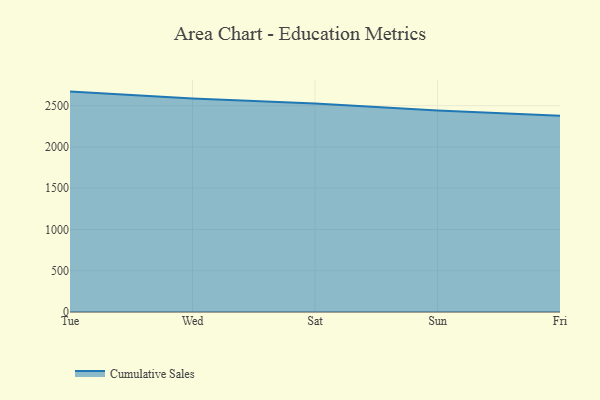
{"axis": {"x": "Day", "y": "Headcount"}, "legend": ["Cumulative Sales"], "data": [{"x": "Tue", "y": 2670.2, "type": "Cumulative Sales"}, {"x": "Wed", "y": 2586.5, "type": "Cumulative Sales"}, {"x": "Sat", "y": 2525.3, "type": "Cumulative Sales"}, {"x": "Sun", "y": 2441.2, "type": "Cumulative Sales"}, {"x": "Fri", "y": 2378.4, "type": "Cumulative Sales"}]}